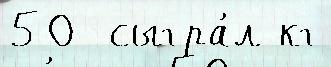
50  сыгра́л кг